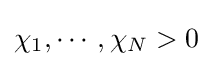
\chi _{1},\cdots ,\chi _{N}>0